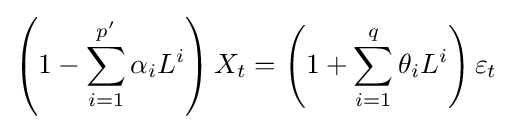
\left(1-\sum _{i=1}^{p'}\alpha _{i}L^{i}\right)X_{t}=\left(1+\sum _{i=1}^{q}\theta _{i}L^{i}\right)\varepsilon _{t}